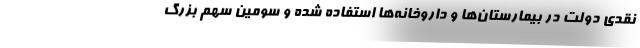
نقدی دولت در بیمارستان‌ها و داروخانه‌ها استفاده شده و سومین سهم بزرگ